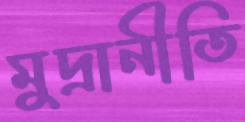
মুদ্রানীতি